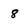
Character: 8